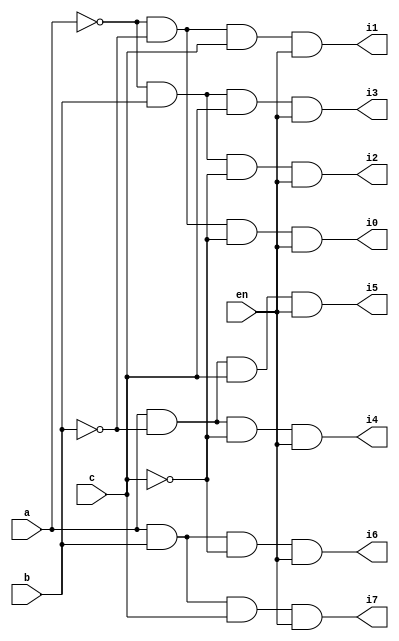
`timescale 1ns / 1ps
//////////////////////////////////////////////////////////////////////////////////
// Company: 
// Engineer: 
// 
// Design Name: 
// Module Name:    df 
// Project Name: 
// Target Devices: 
// Tool versions: 
// Description: 
//
// Dependencies: 
//
// Revision: 
// Revision 0.01 - File Created
// Additional Comments: 
//
//////////////////////////////////////////////////////////////////////////////////
module df(en,a,b,c,i0,i1,i2,i3,i4,i5,i6,i7);
	input en,a,b,c;
	output i0,i1,i2,i3,i4,i5,i6,i7;

	assign i0 = ~a&~b&~c&en;
	assign i1 = ~a&~b&c&en;
	assign i2 = ~a&b&~c&en;
	assign i3 = ~a&b&c&en;
	assign i4 = a&~b&~c&en;
	assign i5 = a&~b&c&en;
	assign i6 = a&b&~c&en;
	assign i7 = a&b&c&en;
	
endmodule